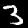
Label: 3